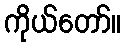
ကိုယ်တော်။